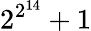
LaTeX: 2^{2^{14}}+1